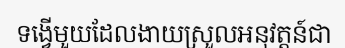
ទង្វើមួយដែលងាយស្រួលអនុវត្តន៍ជា